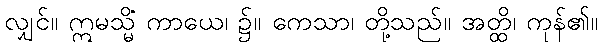
လျှင်။ ဣမသ္မိံ ကာယေ၊ ၌။ ကေသာ၊ တို့သည်။ အတ္ထိ၊ ကုန်၏။